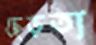
ছেড়তা